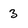
Character: 3